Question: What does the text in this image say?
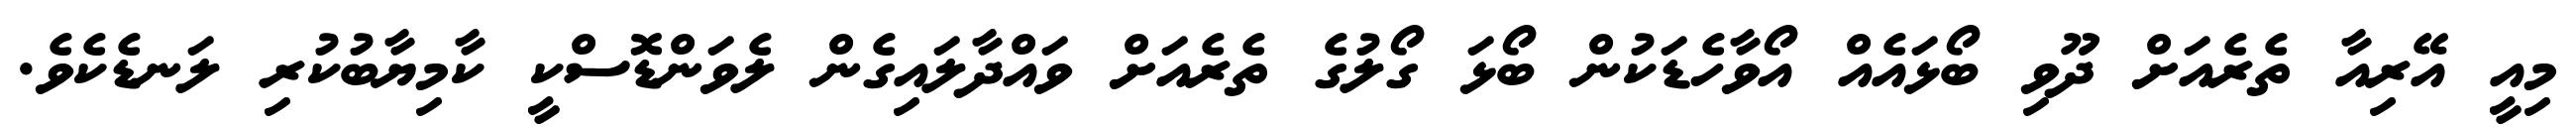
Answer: މިއީ އޭރިއާ ތެރެއަށް ދޫވި ބޯޅައެއް އޯވާހެޑަކުން ބޯޅަ ގޯލުގެ ތެރެއަށް ވައްދާލައިގެން ލެވަންޑޮސްކީ ކާމިޔާބުކުރި ލަނޑެކެވެ.